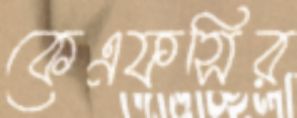
কেএফসির